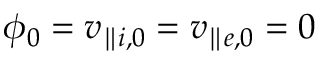
\phi _ { 0 } = v _ { \parallel i , 0 } = v _ { \parallel e , 0 } = 0